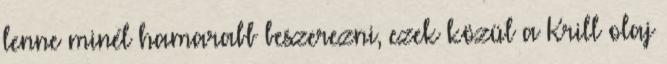
lenne minél hamarabb beszerezni, ezek közül a Krill olaj